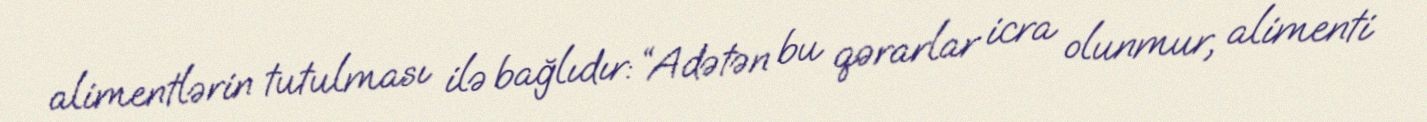
alimentlərin tutulması ilə bağlıdır: “Adətən bu qərarlar icra olunmur, alimenti